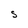
Character: S